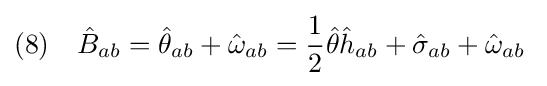
(8)\quad {\hat {B}}_{ab}={\hat {\theta }}_{ab}+{\hat {\omega }}_{ab}={\frac {1}{2}}{\hat {\theta }}{\hat {h}}_{ab}+{\hat {\sigma }}_{ab}+{\hat {\omega }}_{ab}\;